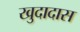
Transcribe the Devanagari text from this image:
खुदादास